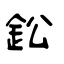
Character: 鈆